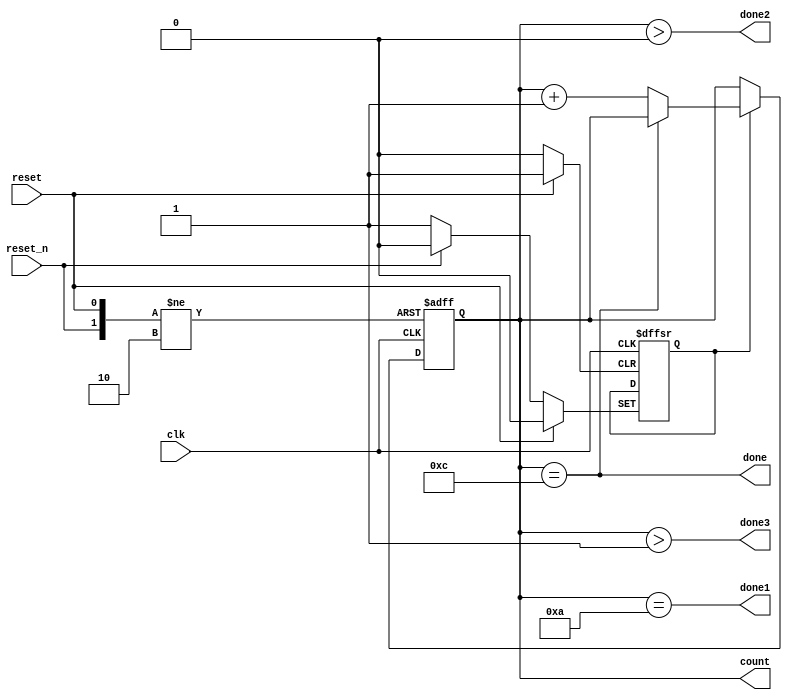
`timescale 1ns / 1ps
//////////////////////////////////////////////////////////////////////////////////
// Company: 
// Engineer: 
// 
// Design Name: 
// Module Name: Counter
// Project Name: 
// Target Devices: 
// Tool Versions: 
// Description: 
// 
// Dependencies: 
// 
// Revision:
// Revision 0.01 - File Created
// Additional Comments:
// 
//////////////////////////////////////////////////////////////////////////////////


module Counter(
    input clk,
    input reset_n,
    input reset,
    output [3:0] count,
    output done,
    output done2,
    output done3,
    output done1
    );
    reg [3:0] counts,counts_next;
    reg en;
    assign count = counts;
    always @(posedge clk , negedge reset_n,posedge reset)
    begin
        if(reset) begin
            counts <= 0;
            en <=0; end
        else if(~reset_n) begin
            counts <= 0;
            en <=1; end
        else if(en) begin
            counts <= counts_next;  
        end
    end
    always@(*) begin
        if(~done)
            counts_next = counts +1;
        else
            counts_next = counts;
    end
    assign done = counts == 12;
    assign done2 = counts>0;
    assign done3 = count >1;
    assign done1 = counts == 10;
endmodule